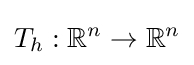
T_{h}:\mathbb {R} ^{n}\to \mathbb {R} ^{n}